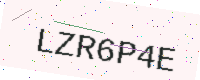
Text: LZR6P4E